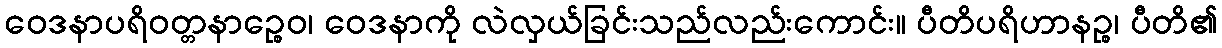
ဝေဒနာပရိဝတ္တနာဉ္စေဝ၊ ဝေဒနာကို လဲလှယ်ခြင်းသည်လည်းကောင်း။ ပီတိပရိဟာနဉ္စ၊ ပီတိ၏